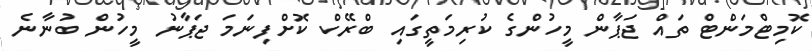
ކޮމިޓްމަންޓް ތައް ޖަޕާން މީހުންގެ ކުރިމަތީގައި ބްރޭކް ކޮށްފިނަމަ ޖަޕާނު މީހުން ބުނާނެ